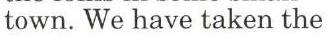
town. We have taken the